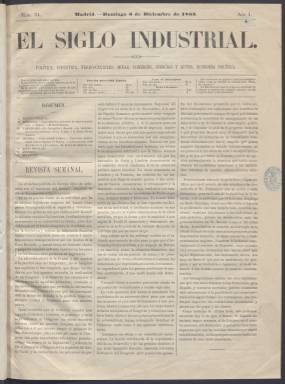
Título: El Siglo industrial
Colección: Periódicos
Ámbito geográfico: Madrid
Lugar de publicación: Madrid
Fechas: 06/12/1863-28/08/1865